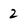
Character: 2